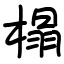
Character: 榻